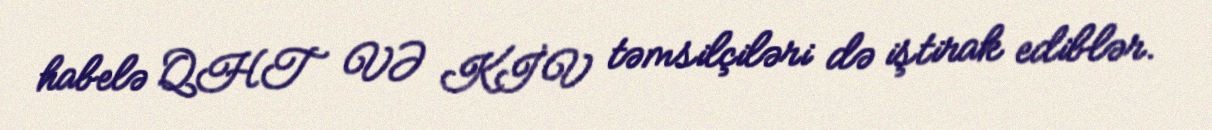
habelə QHT VƏ KİV təmsilçiləri də iştirak ediblər.